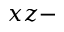
x z -